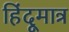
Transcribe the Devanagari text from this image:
हिंदूमात्र